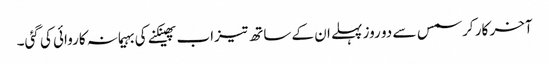
آخر کار کرسمس سے دو روز پہلے ان کے ساتھ تیزاب پھینکنے کی بہیمانہ کاروائی کی گئی۔